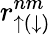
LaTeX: r_{\uparrow(\downarrow)}^{nm}